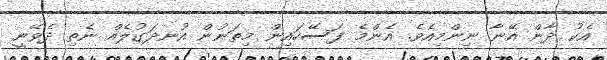
އެކު ދާން އޭނާ ނިންމިއެވެ. އެންމެ ފަސޭހައިން މިތަނުން އުނދަގުލެއް ނެތި ދެވޭނީ